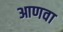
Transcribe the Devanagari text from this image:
आणवा